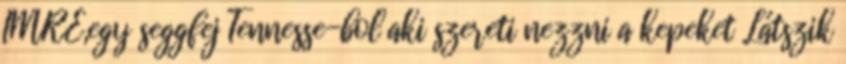
IMRE,egy seggfej Tennesse-bol aki szereti nezzni a kepeket Látszik